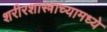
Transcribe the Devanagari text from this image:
शरीरशास्त्राच्यामध्ये